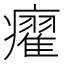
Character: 㿑